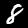
Digit: 8